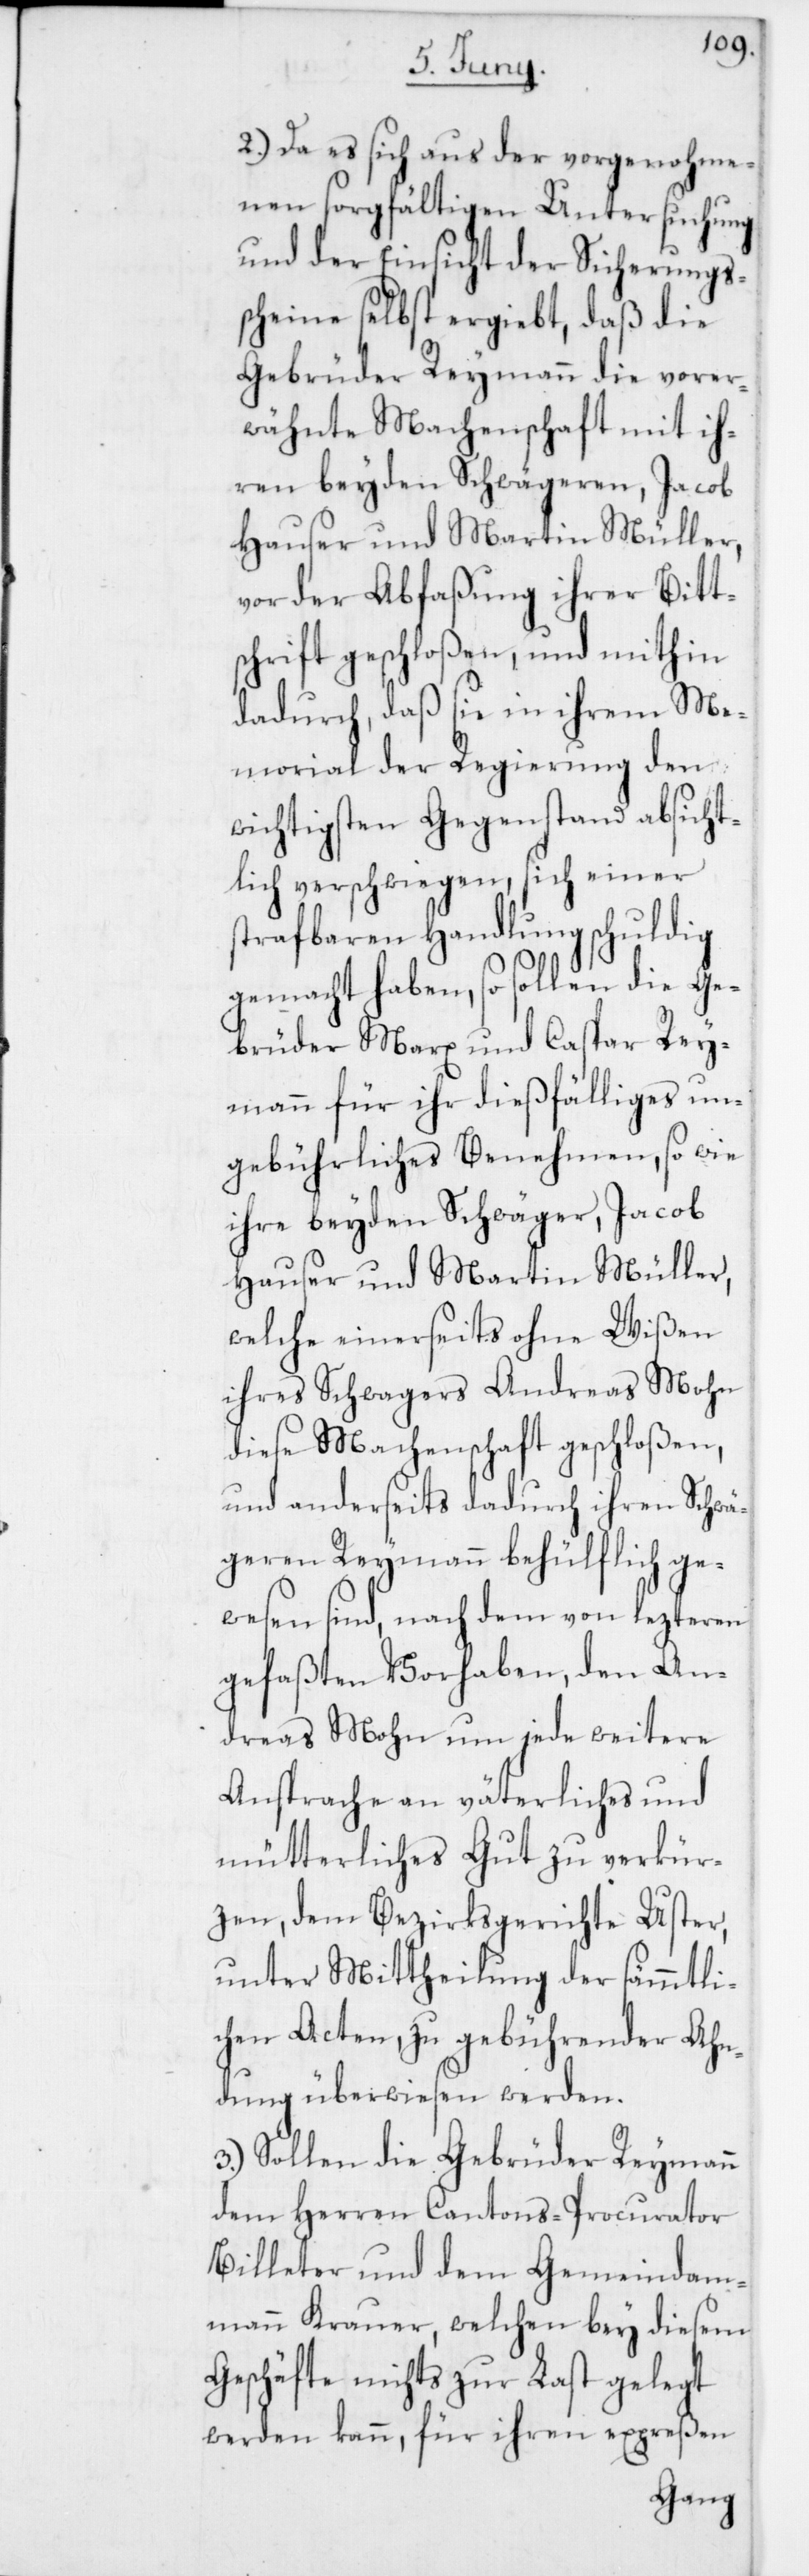
2. Da es sich aus der vorgenohme¬
nen sorgfältigen Untersuchung
und der Einsicht der Sicherungs¬
scheine selbst ergiebt, daß die
Gebrüder Reymann die vorer¬
wähnte Machenschaft mit ih¬
ren beyden Schwägeren, Jacob
Hauser und Martin Müller,
vor der Abfaßung ihrer Bitt¬
schrift geschloßen, und mithin
dadurch, daß sie in ihrem Me¬
morial der Regierung den
wichtigsten Gegenstand absicht¬
lich verschwiegen, sich einer
strafbaren Handlung schuldig
gemacht haben, so sollen die Ge¬
brüder Marx und Caspar Rey¬
mann für ihr dießfälliges un¬
gebührliches Benehmen, sowie
ihre beyden Schwäger, Jacob
Hauser und Martin Müller,
welche einerseits ohne Wißen
ihres Schwagers Andreas Mohn
diese Machenschaft geschloßen,
und anderseits dadurch ihren Schwä¬
geren Reymann behülflich ge¬
wesen sind, nach dem von lezteren
gefaßten Vorhaben, den An¬
dreas Mohn um jede weitere
Ansprache an väterliches und
mütterliches Gut zu verkür¬
zen, dem Bezirksgerichte Uster,
unter Mittheilung der sämmtli¬
chen Acten zu gebührender Ahn¬
dung überwiesen werden.
3. Sollen die Gebrüder Reymann
dem Herren Cantons-Procurathor
Billeter und dem Gemeindam¬
mann Krauer, welchen bey diesem
Geschäfte nichts zur Last gelegt
werden kann, für ihren expreßen